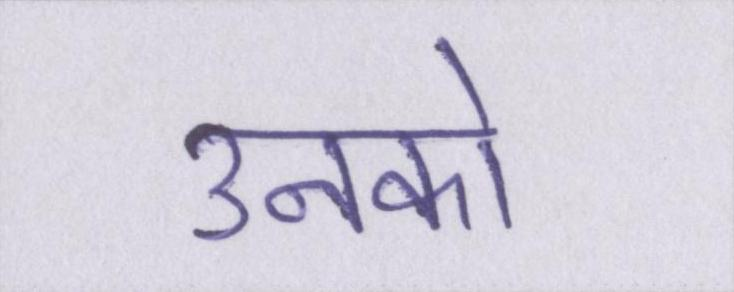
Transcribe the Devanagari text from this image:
उनको